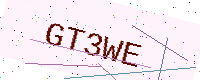
Text: GT3WE